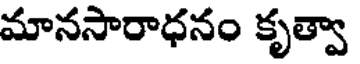
మానసారాధనం కృత్వా